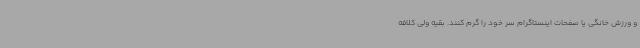
و ورزش خانگی یا صفحات اینستاگرام سر خود را گرم کنند. بقیه ولی کلافه